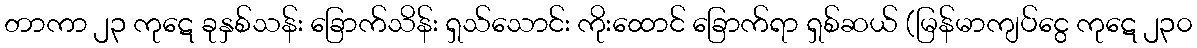
တာကာ ၂၃ ကုဋေ ခုနှစ်သန်း ခြောက်သိန်း ရှသ်သောင်း ကိုးထောင် ခြောက်ရာ ရှစ်ဆယ် (မြန်မာကျပ်ငွေ ကုဋေ ၂၃၀